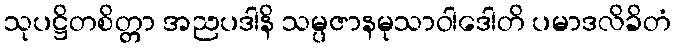
သုပဋ္ဌိတစိတ္တာ အညပဒါနိ သမ္ပဇာနမုသာဝါဒေါတိ ပမာဒလိခိတံ